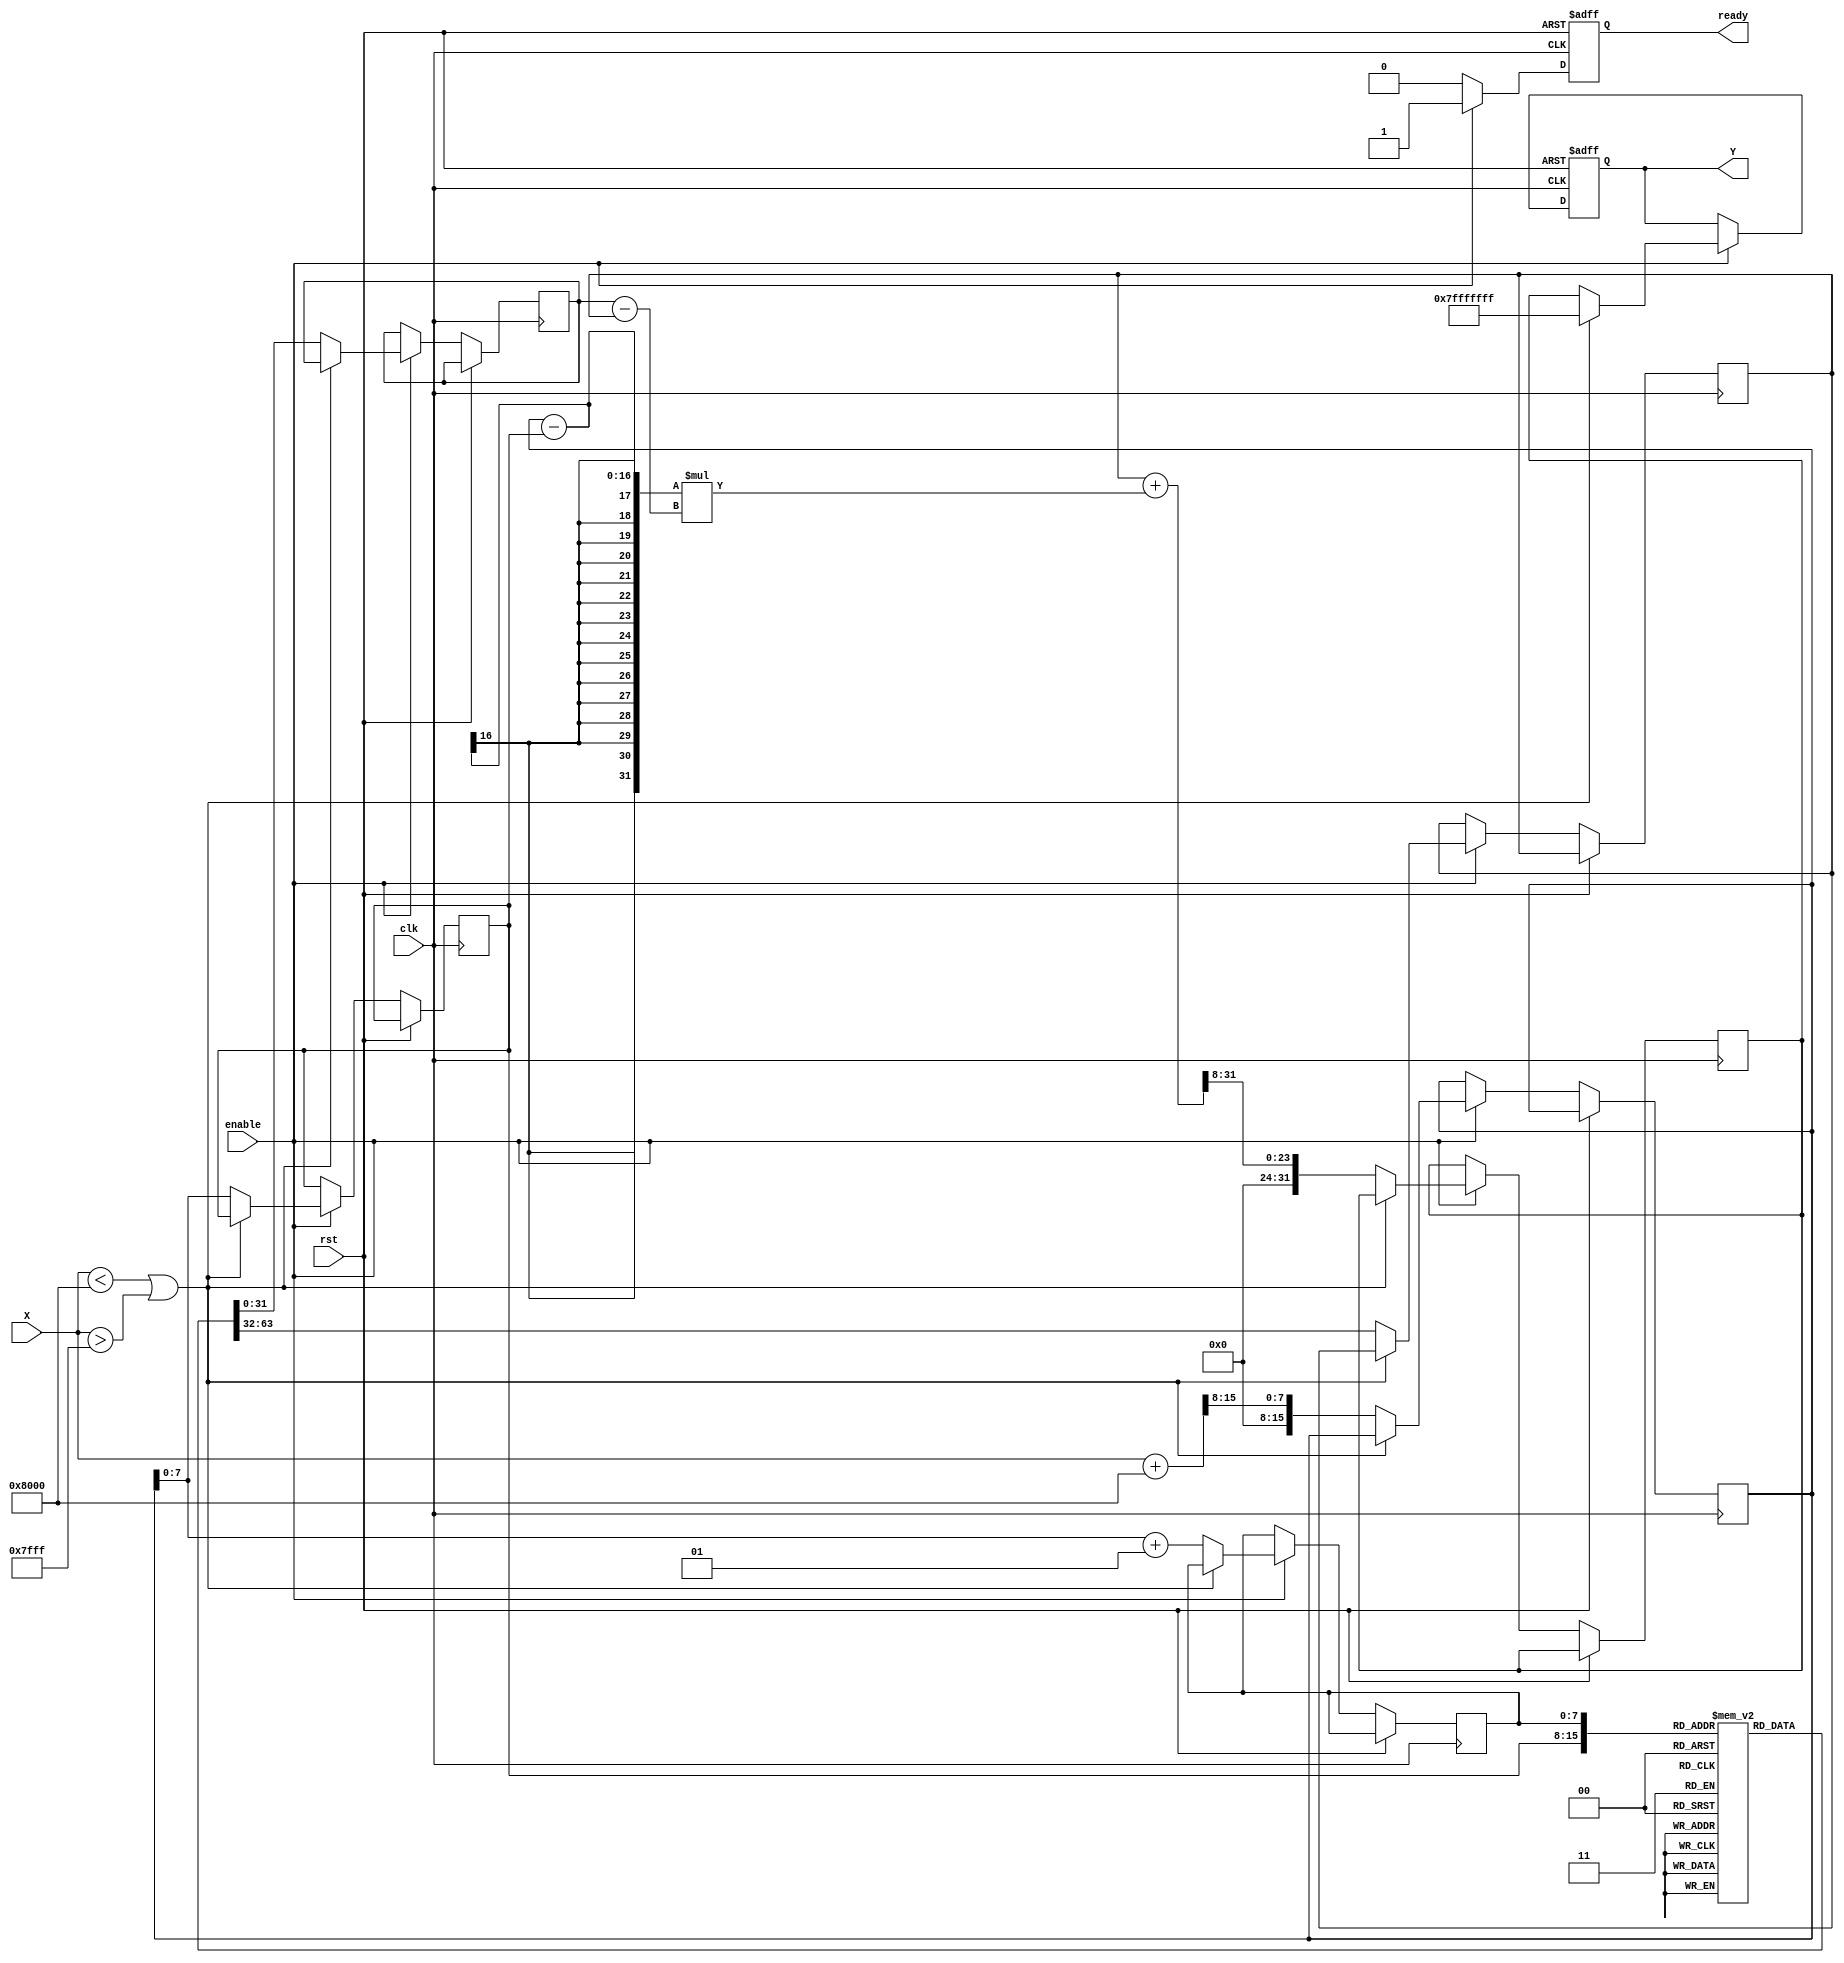
module acos_block (
    input wire clk,
    input wire rst,
    input wire enable,
    input wire signed [15:0] X,  // Input in Q1.15 format (range: -1.0 to 1.0)
    output reg signed [31:0] Y,   // Output in Q31.32 format (range: 0 to )
    output reg ready
);

// Parameters
localparam LUT_SIZE = 256;                   // Number of entries in LUT
localparam INDEX_WIDTH = 8;                   // Width for LUT indexing
localparam Q_FRACTIONAL_BITS = 15;            // Fractional bits of fixed point representation
localparam Q_OUTPUT_FRACTIONAL_BITS = 32;     // Fractional bits for output representation
localparam PI = 32'h40490fdb;                  //  in Q31.32 format (3.14159265)

// Lookup Table (LUT) - Precomputed values of acos
// This LUT should be populated with actual values
reg [31:0] lut [0:LUT_SIZE-1];

// LUT initialization
initial begin
    // Populate LUT with acos values in Q31.32 format (example values)
    // This should contain values of acos at [0, 1/256, 2/256, ..., 255/256] in radians
    // For demonstration purposes, these values are not filled in.
    lut[0]  = PI;                // acos(-1)
    lut[1]  = 32'h3f4c90f1;      // acos(-0.996) ...
    // ...
    lut[128] = 32'h00000000;     // acos(0) = 0
    // ...
    lut[255] = 32'h3f490fdb;     // acos(1) = 0
end

// Internal signals
reg [INDEX_WIDTH-1:0] index1, index2;
reg signed [31:0] lut_value1, lut_value2;
reg signed [31:0] interpolation_value;
reg signed [15:0] x_fixed;

// Range check and processing
always @(posedge clk or posedge rst) begin
    if (rst) begin
        Y <= 0;
        ready <= 0;
    end else if (enable) begin
        // Input range check
        if (X < -16'h8000 || X > 16'h7FFF) begin
            Y <= 32'h7FFFFFFF; // NaN or Error value
            ready <= 1;
        end else begin
            // Convert input to fixed-point scaled representation
            x_fixed <= (X + 16'h8000) >> 8; // Scale to LUT range [0, LUT_SIZE-1]
            index1 <= x_fixed; // Lower bound index
            index2 <= x_fixed + 1; // Upper bound index
            
            lut_value1 <= lut[index1];
            lut_value2 <= lut[index2];

            // Linear interpolation
            interpolation_value <= lut_value1 + ((x_fixed - index1) * (lut_value2 - lut_value1)) >> INDEX_WIDTH; // linear interpolation
            Y <= interpolation_value;
            ready <= 1;
        end
    end else begin
        ready <= 0;
    end
end

endmodule